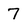
Character: 7